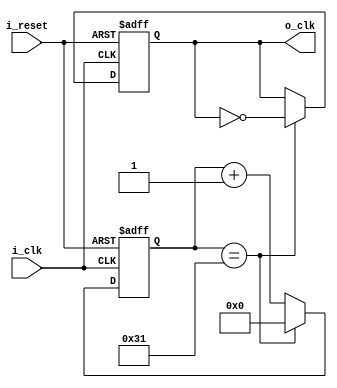
module ClockDivider_1MHz(
    input i_clk,
    input i_reset,
    output o_clk
    );

    reg r_clk = 1'b0;
    reg [5:0] r_counter = 0;

    assign o_clk = r_clk;

    always @(posedge i_clk or posedge i_reset) begin
        if(i_reset) begin
            r_clk <= 1'b0;
            r_counter <= 0;
        end
        else begin
            if(r_counter == 49) begin
                r_clk <= ~r_clk;
                r_counter <= 0;
            end
            else begin
                r_counter <= r_counter + 1;
            end
        end
    end
endmodule